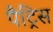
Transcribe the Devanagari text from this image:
पैट्रिस